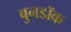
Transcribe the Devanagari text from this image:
बुनडॉक